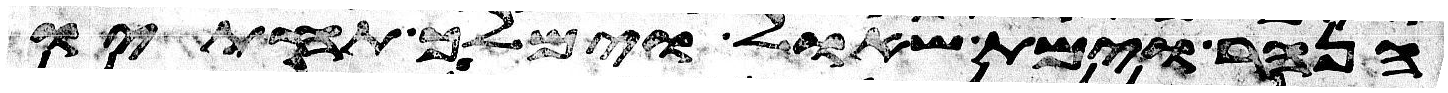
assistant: הנהר וימת שאול וימלך תחתיו